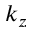
k _ { z }